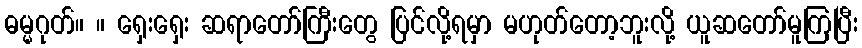
ဓမ္မဂုတ်။ ။ ရှေးရှေး ဆရာတော်ကြီးတွေ ပြင်လို့ရမှာ မဟုတ်တော့ဘူးလို့ ယူဆတော်မူကြပြီး